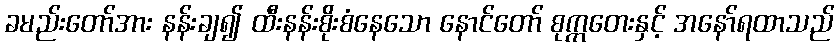
ခမည်းတော်အား နန်းချ၍ ထီးနန်းစိုးစံနေသော နောင်တော် စုက္ကတေးနှင့် အနော်ရထာသည်